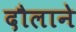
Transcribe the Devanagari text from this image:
दौलाने